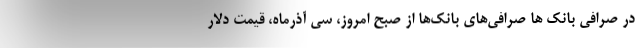
در صرافی بانک ها صرافی‌های بانک‌ها از صبح امروز، سی آذرماه، قیمت دلار